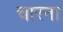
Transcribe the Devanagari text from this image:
चारना